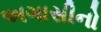
અગાસીનો